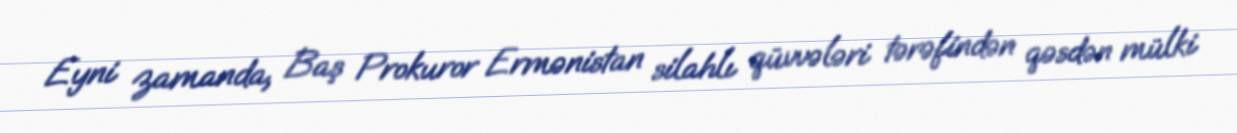
Eyni zamanda, Baş Prokuror Ermənistan silahlı qüvvələri tərəfindən qəsdən mülki